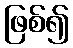
ဖြစ်၍